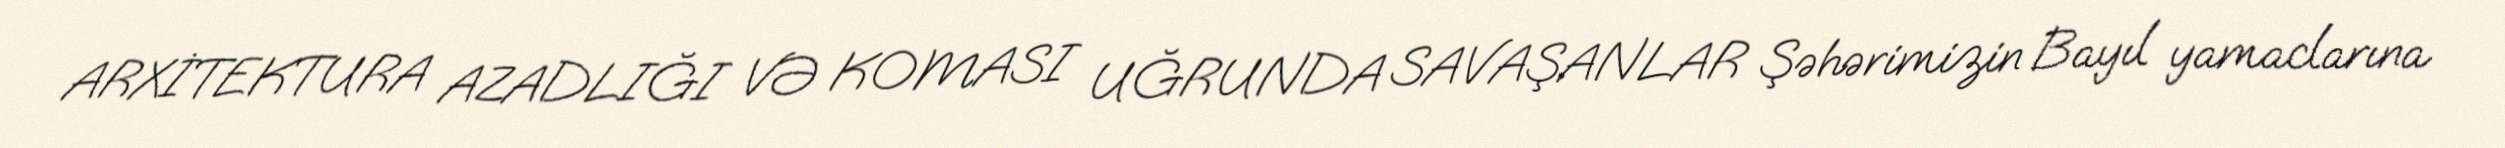
ARXİTEKTURA AZADLIĞI VƏ KOMASI UĞRUNDA SAVAŞANLAR Şəhərimizin Bayıl yamaclarına